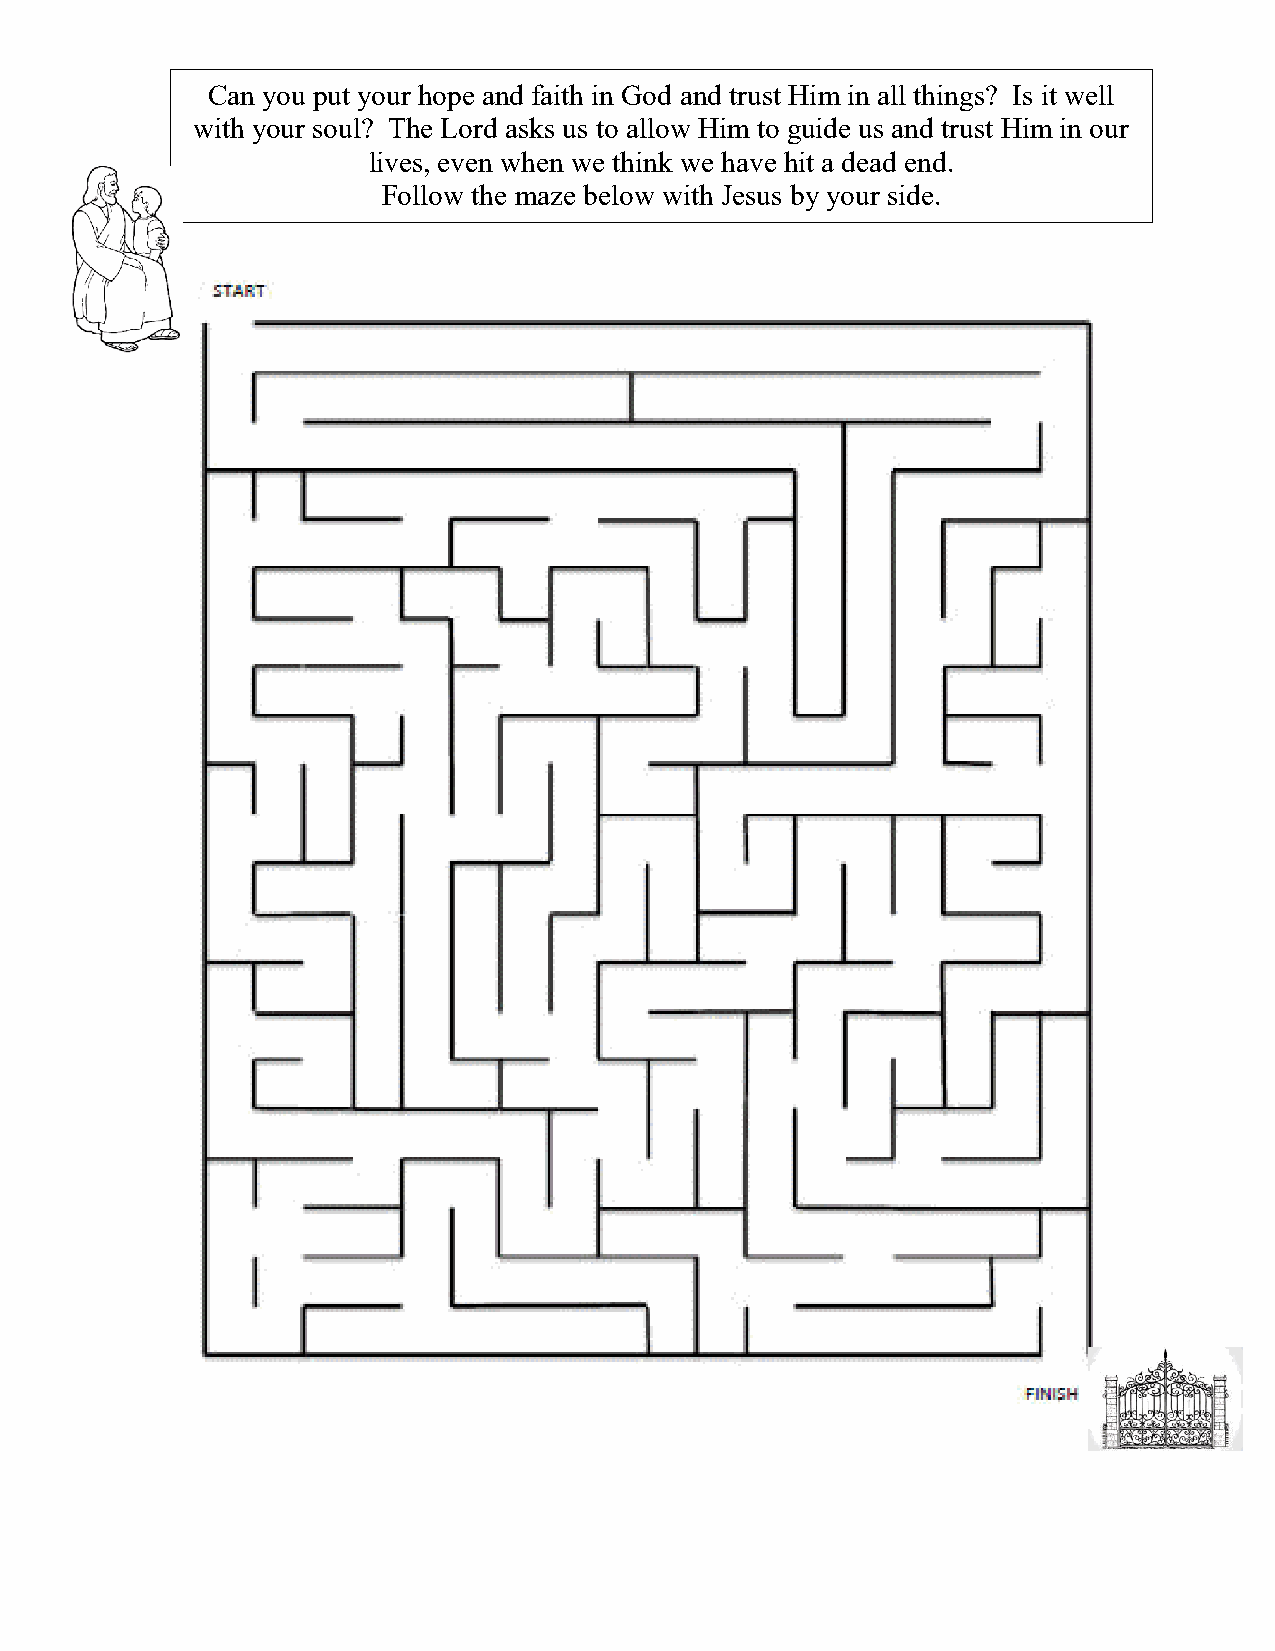
Can you put your hope and faith in God and trust Him in all things? Is it well
 with your soul? The Lord asks us to allow Him to guide us and trust Him in our
 lives, even when we think we have hit a dead end.
 Follow the maze below with Jesus by your side.